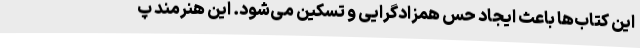
این کتاب‌ها باعث ایجاد حس همزادگرایی و تسکین می‌شود. این هنرمند پ